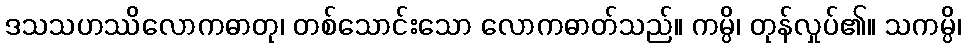
ဒသသဟဿိလောကဓာတု၊ တစ်သောင်းသော လောကဓာတ်သည်။ ကမ္ပိ၊ တုန်လှုပ်၏။ သကမ္ပိ၊